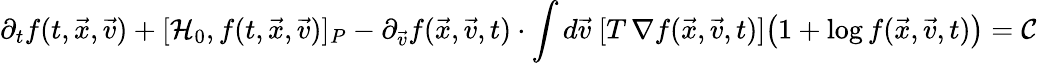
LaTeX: \partial_{t}f(t,\vec{x},\vec{v})+[\mathcal{H}_{0},f(t,\vec{x},\vec{v})]_{P}-\partial_{\vec{v}}f(\vec{x},\vec{v},t)\cdot\int d\vec{v}\ [T\, \nabla f(\vec{x},\vec{v},t)]\big(1+\log f(\vec{x},\vec{v},t)\big)=\mathcal{C}